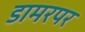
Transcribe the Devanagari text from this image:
डामरपर